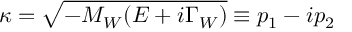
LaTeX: \kappa = \sqrt { - M _ { W } ( E + i \Gamma _ { W } ) } \equiv p _ { 1 } - i p _ { 2 }